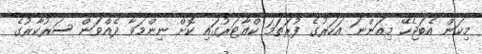
މިކަން އެބަޖެހޭ މިއަންނަ އަހަރުގެ ފުރަތަމަ ކްއާޓަރުގައި ކޮށް ނިންމަވާ ދެއްވަން ސަރުކާރުގެ